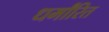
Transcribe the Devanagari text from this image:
धर्मांरित